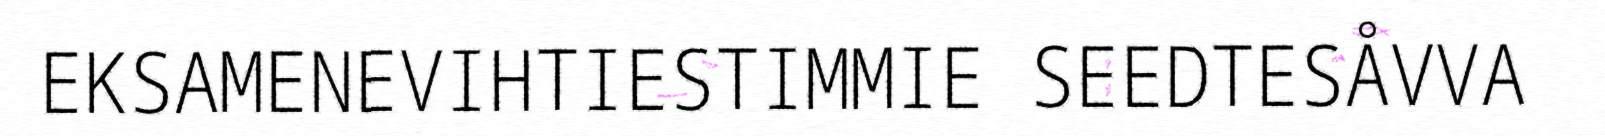
EKSAMENEVIHTIESTIMMIE SEEDTESÅVVA